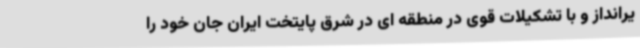
یرانداز و با تشکیلات قوی در منطقه ای در شرق پایتخت ایران جان خود را